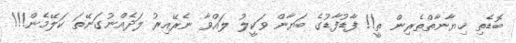
ބޮޑެތި ޚިޔާނާތްތެރިން ތީ!! ފާޑުފާޑުގެ ބަޔާން ވަކީލު ލައްވާ ނެރޭއިރު ލަދެއްނުގަނޭތަ ކަލޭމެން!!!